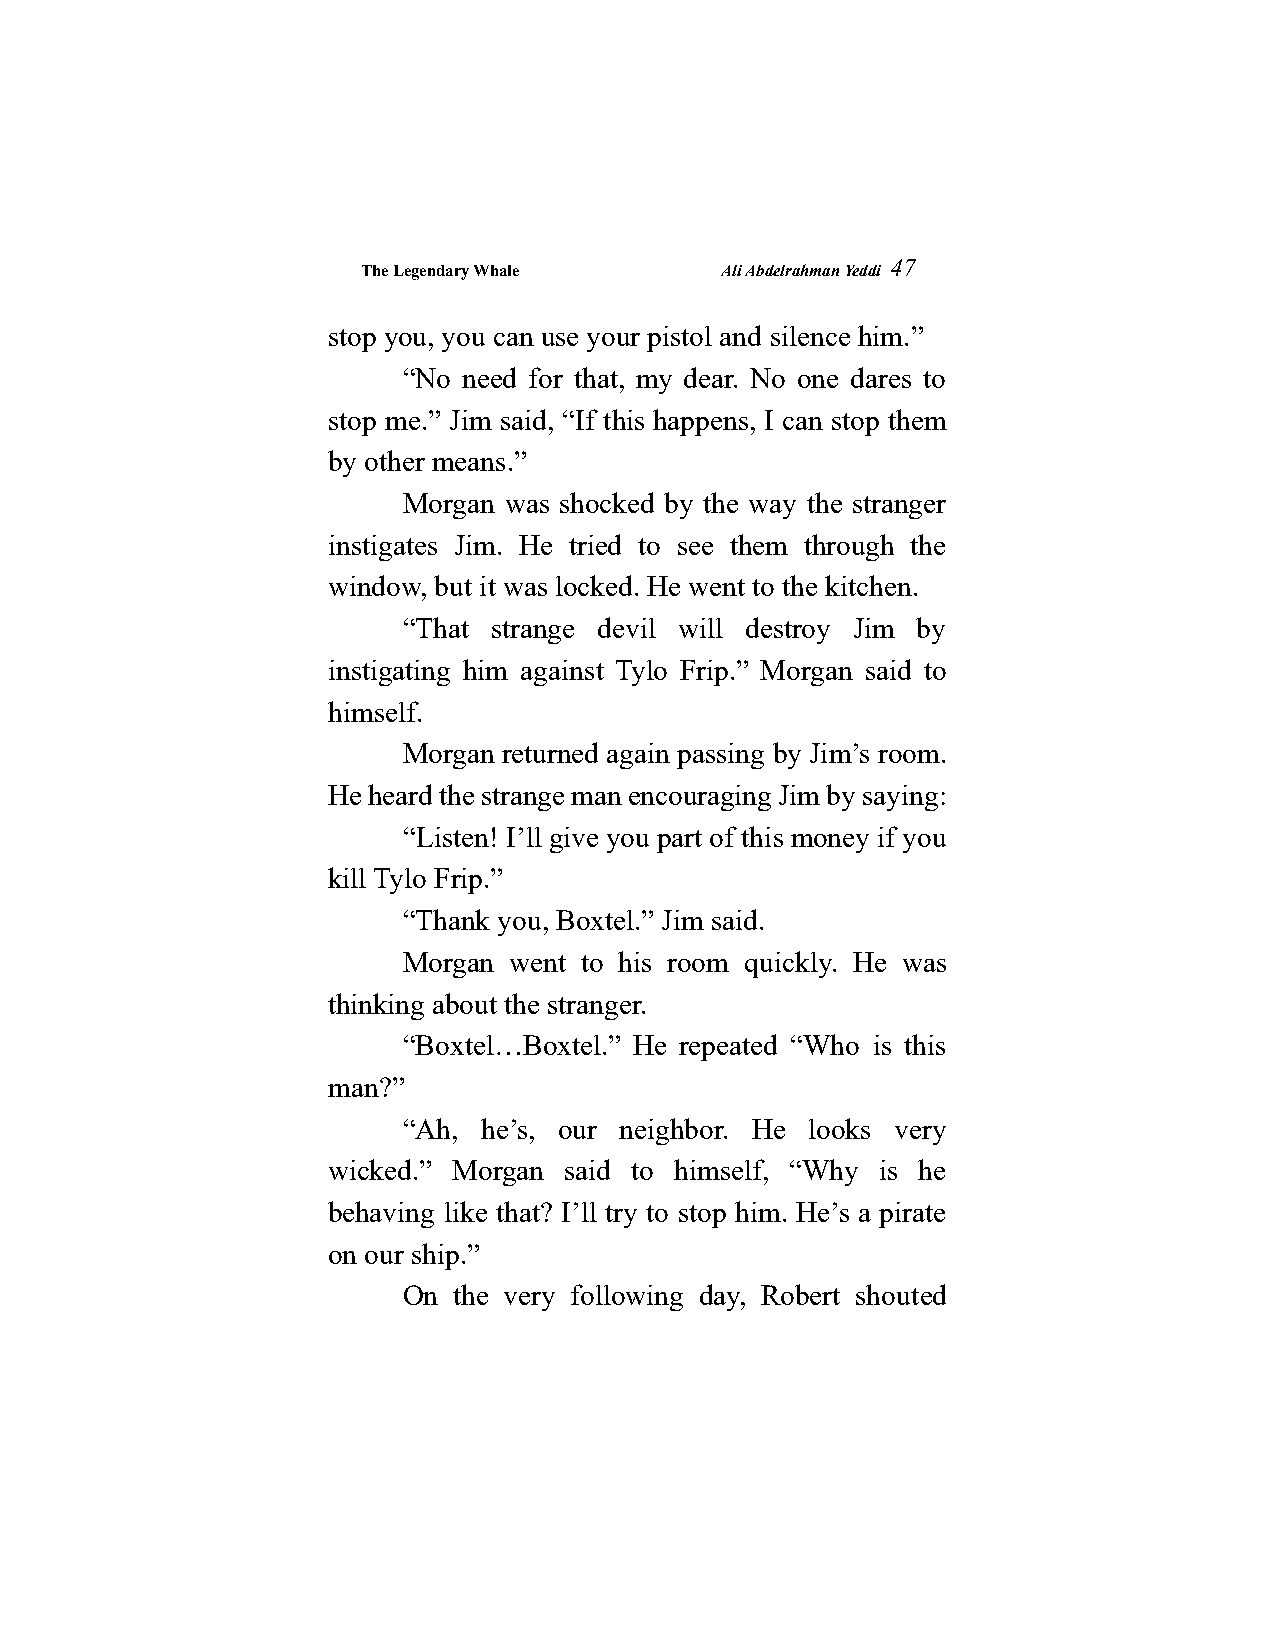
The Legendary Whale     Ali Abdelrahman Yeddi
 47
 stop you, you can use your pistol and silence him.”
 “No need for that, my dear. No one dares to
 stop me.” Jim said, “If this happens, I can stop them
 by other means.”
 Morgan was shocked by the way the stranger
 instigates Jim. He tried to see them through the
 window, but it was locked. He went to the kitchen.
 “That strange devil will destroy Jim by
 instigating him against Tylo Frip.” Morgan said to
 himself.
 Morgan returned again passing by Jim’s room.
 He heard the strange man encouraging Jim by saying:
 “Listen! I’ll give you part of this money if you
 kill Tylo Frip.”
 “Thank you, Boxtel.” Jim said.
 Morgan went to his room quickly. He was
 thinking about the stranger.
 “Boxtel…Boxtel.” He repeated “Who is this
 man?”
 “Ah, he’s, our neighbor. He looks very
 wicked.” Morgan said to himself, “Why is he
 behaving like that? I’ll try to stop him. He’s a pirate
 on our ship.”
 On the very following day, Robert shouted